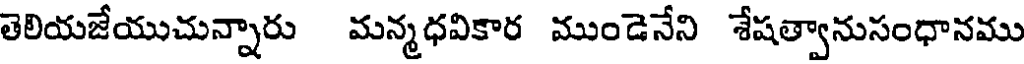
తెలియజేయుచున్నారు మన్మధవికార ముండెనేని శేషత్వానుసంధానము